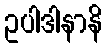
ဥပါဒါနာနိ